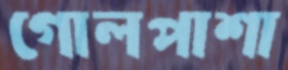
গোলপাশা